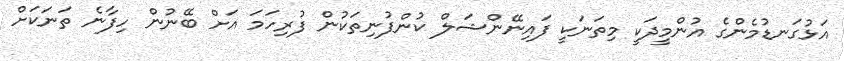
އަޅުގަނޑުމެންގެ އުންމީދަކީ މިތަނަކީ ފައިނޭންޝަލް ކުންފުނިތަކުން ފުރިހަމަ އަށް ބޭނުން ހިފާނެ ތަނަކަށް